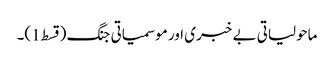
ماحولیاتی بے خبری اور موسمیاتی جنگ (قسط1)۔